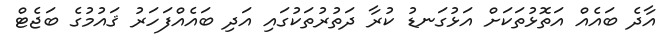
އާދެ ބައެއް އަތޮޅުތަކަށް އަޅުގަނޑު ކުރާ ދަތުރުތަކުގައި އަދި ބައެއްފަހަރު ޤައުމުގެ ބަޖެޓް